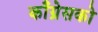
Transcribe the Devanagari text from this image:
काँग्रेसको